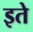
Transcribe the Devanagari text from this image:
इते